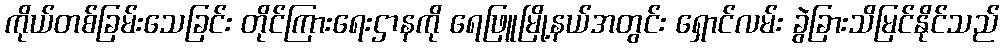
ကိုယ်တစ်ခြမ်းသေခြင်း တိုင်ကြားရေးဌာနကို ရေဖြူမြို့နယ်အတွင်း ရှောင်လမ်း ခွဲခြားသိမြင်နိုင်သည်